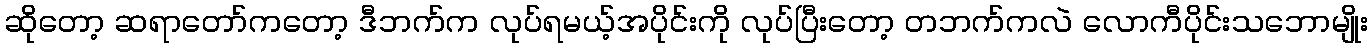
ဆိုတော့ ဆရာတော်ကတော့ ဒီဘက်က လုပ်ရမယ့်အပိုင်းကို လုပ်ပြီးတော့ တဘက်ကလဲ လောကီပိုင်းသဘောမျိုး